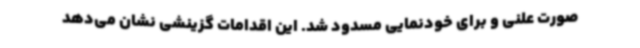
صورت علنی و برای خودنمایی مسدود شد. این اقدامات گزینشی نشان می‌دهد